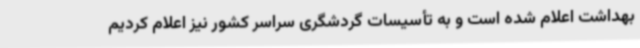
بهداشت اعلام شده است و به تأسیسات گردشگری سراسر کشور نیز اعلام کردیم